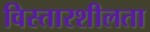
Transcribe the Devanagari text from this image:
विस्तारशीलता